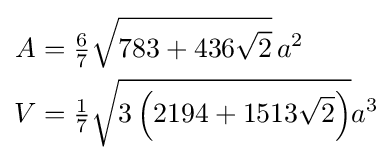
{\begin{aligned}A&={\tfrac {6}{7}}{\sqrt {783+436{\sqrt {2}}}}\,a^{2}\\V&={\tfrac {1}{7}}{\sqrt {3\left(2194+1513{\sqrt {2}}\right)}}a^{3}\end{aligned}}